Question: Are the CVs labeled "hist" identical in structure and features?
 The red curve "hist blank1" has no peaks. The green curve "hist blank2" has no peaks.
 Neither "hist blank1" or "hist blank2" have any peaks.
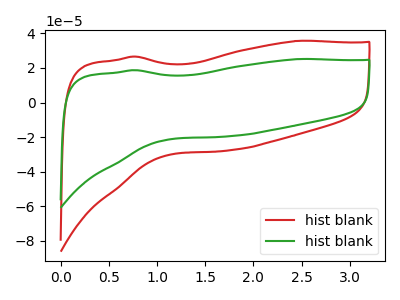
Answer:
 <answer>All the CV's of "hist" have similar shape.</answer>
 <eval>follow_rule</eval>